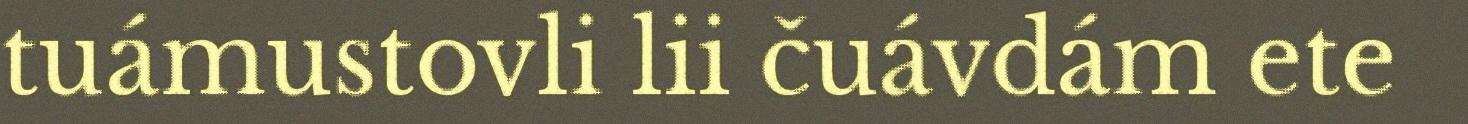
tuámustovli lii čuávdám ete